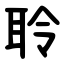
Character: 聆